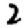
Digit: 2